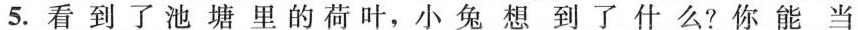
5.看到了池塘里的荷叶,小兔想到了什么?你能当